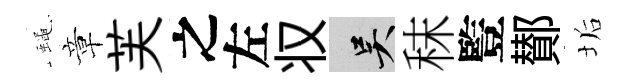
蠅章芙之左𠬧吴秣䜿鄼垢